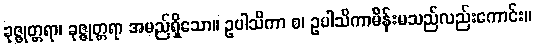
ခုဇ္ဇုတ္တရာ၊ ခုဇ္ဇုတ္တရာ အမည်ရှိသော။ ဥပါသိကာ စ၊ ဥပါသိကာမိန်းမသည်လည်းကောင်း။